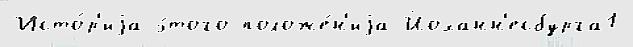
Исто́р'иjа э́того положе́н'иjа Йоханн'есбурга1